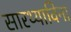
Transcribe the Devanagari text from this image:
सारथ्याविना